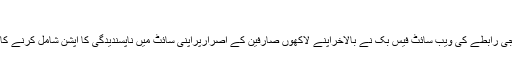
[…]
کیلی فورنیا: سماجی رابطے کی ویب سائٹ فیس بک نے بالاخراپنے لاکھوں صارفین کے اصرارپراپنی سائٹ میں ناپسندیدگی کا آپشن شامل کرنے کا فیصلہ کرلیا ہے۔